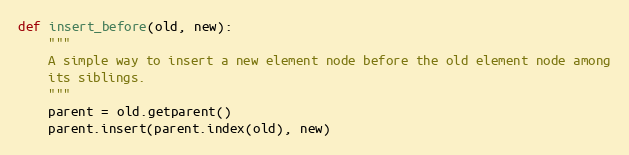
Language: Python
def insert_before(old, new):
    """
    A simple way to insert a new element node before the old element node among
    its siblings.
    """
    parent = old.getparent()
    parent.insert(parent.index(old), new)